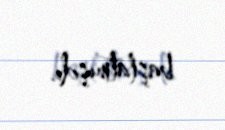
başlatmışdı.